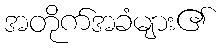
အတိုက်အခံများ၏